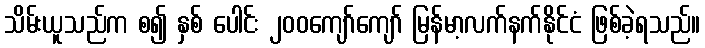
သိမ်းယူသည်က စ၍ နှစ် ပေါင်း ၂၀၀ကျော်ကျော် မြန်မာ့လက်နက်နိုင်ငံ ဖြစ်ခဲ့ရသည်။